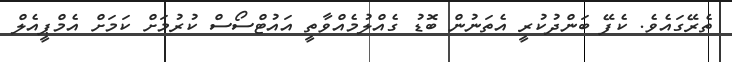
ތެރޭގައެވެ. ކެފޭ ބަންދުކުރީ އެތަނުން ބޮޑު ގެއްލުމެއްވާތީ އައުޓްސޯސް ކުރުމަށް ކަމަށް އެމްޕީއެލް